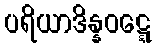
ပရိယာဒိန္နဝဋ္ဋေ